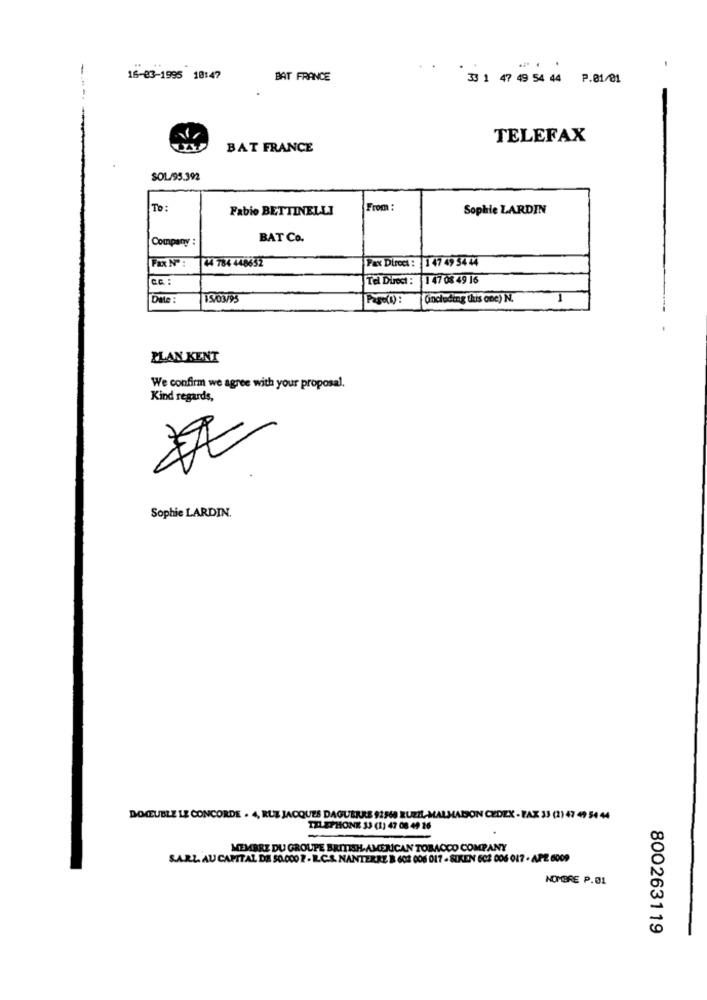
... .
-
16-83-1995 18:47
BAT FRANCE
33 1 47 49 54 44 P.01/01
-.-
TELEFAX
BAT FRANCE
SOL/95.392
To :
Fabio BETTINELLI
From :
Sophie LARDIN
Company :
BAT Co.
44 784 448652
Pax Direct : 1 47 49 54 44
Cc :
Tel Direct : 1 47 08 49 16
Date
15/03/9
Paso(1) :
[(including this one) N.
PLAN KENT
We confirm we agree with your proposal.
Kind regards,
Sophie LARDIN.
DOCUBLE LE CONCORDE . 4, RUE JACQUES DAGUERRE 92368 RUEIL-MALMAISON CEDEX - TAX 33 (2) 47 49 54 44
TIL EPHONE 33 (1) 47 08 49 26
MEMBRE DU GROUPE BRITISH AMERICAN TOBACCO COMPANY
SARL AU CAPITAL DE 50.000 2 . R.C.S. NANTERRE B 602 006 017 - SUKEN 602 006 017 - APE 6009
NOMBRE P.01
800263119